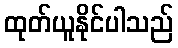
ထုတ်ယူနိုင်ပါသည်